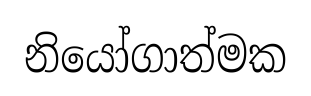
නියෝගාත්මක